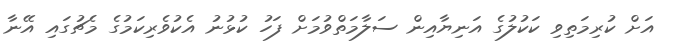
އަށް ކުރިމަތިވި ކަކުލުގެ އަނިޔާއިން ސަލާމަތްވުމަށް ފަހު ކުޅުނު އެކުވެރިކަމުގެ މެޗުގައި އޭނާ